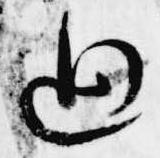
過